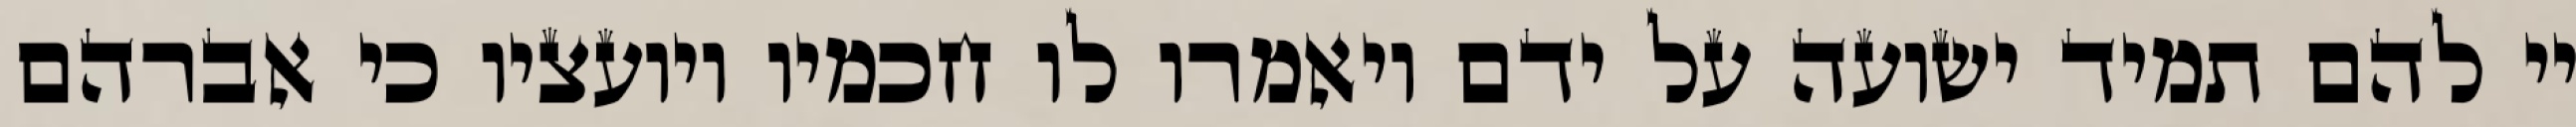
יי להם תמיד ישועה על ידם ויאמרו לו חכמיו ויועציו כי אברהם